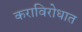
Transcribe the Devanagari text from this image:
कराविरोधात